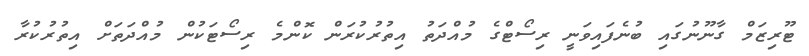
ޓޫރިޒަމް ގާނޫނުގައި ބުނެފައިވަނީ ރިސޯޓްގެ މުއްދަތު އިތުރުކުރަން ކޮންމެ ރިސޯޓަކުން މުއްދަތަށް އިތުރުކުރާ